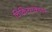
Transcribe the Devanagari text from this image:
चिकित्सकावर